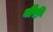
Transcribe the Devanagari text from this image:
बीरी